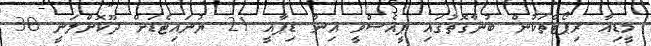
މީޑިއާ ރިޕޯޓްތަކުން ބުނާގޮތުގައި ޕީއެސްވީ އިން ޑިޕާއީ 21 ޔުނައިޓެޑަށް ދޫކޮށްލަނީ 30